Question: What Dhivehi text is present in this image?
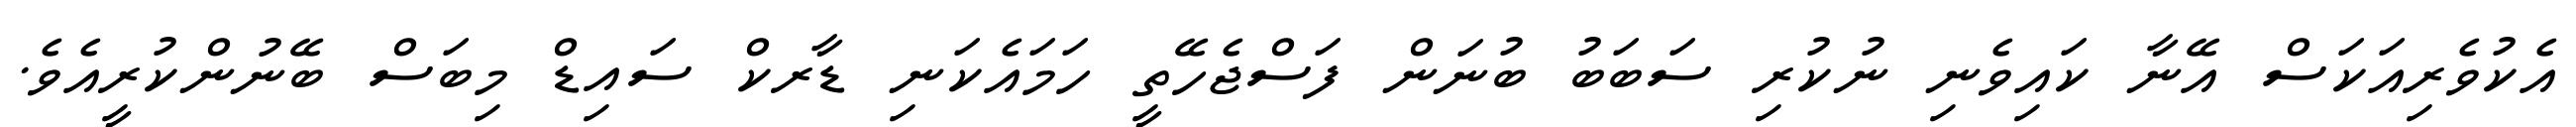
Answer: އެކުވެރިއަކަސް އޭނާ ކައިވެނި ނުކުރި ސަބަބު ބުނަން ފަސްޖެހޭތީ ހަމައެކަނި ޑާރކް ސައިޑް މިބަސް ބޭނުންކުރީއެވެ.